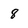
Character: 8